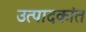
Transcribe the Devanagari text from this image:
उत्पादकांत